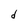
Character: d